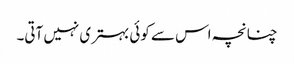
چنانچہ اس سے کوئی بہتری نہیں آتی۔